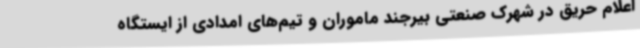
اعلام حریق در شهرک صنعتی بیرجند ماموران و تیم‌های امدادی از ایستگاه